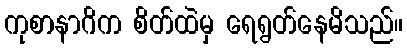
ကုစာနာဂိက စိတ်ထဲမှ ရေရွတ်နေမိသည်။